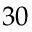
3 0